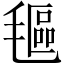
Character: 𬇅